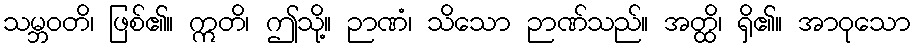
သမ္ဘဝတိ၊ ဖြစ်၏။ ဣတိ၊ ဤသို့။ ဉာဏံ၊ သိသော ဉာဏ်သည်။ အတ္ထိ၊ ရှိ၏။ အာဝုသော